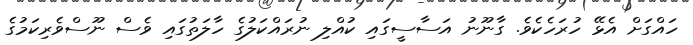
ހައްގަށް އެޅޭ ހުރަހެކެވެ. ގާނޫނު އަސާސީގައި ކުއްލި ނުރައްކަލުގެ ހާލަތުގައި ވެސް ނޫސްވެރިކަމުގެ